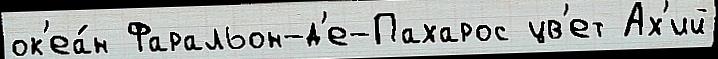
ок'еа́н Фаральон-д'е-Пахарос цв'ет Ах'ий